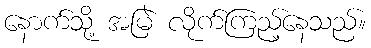
နောက်သို့ အမြဲ လိုက်ကြည့်နေသည်။